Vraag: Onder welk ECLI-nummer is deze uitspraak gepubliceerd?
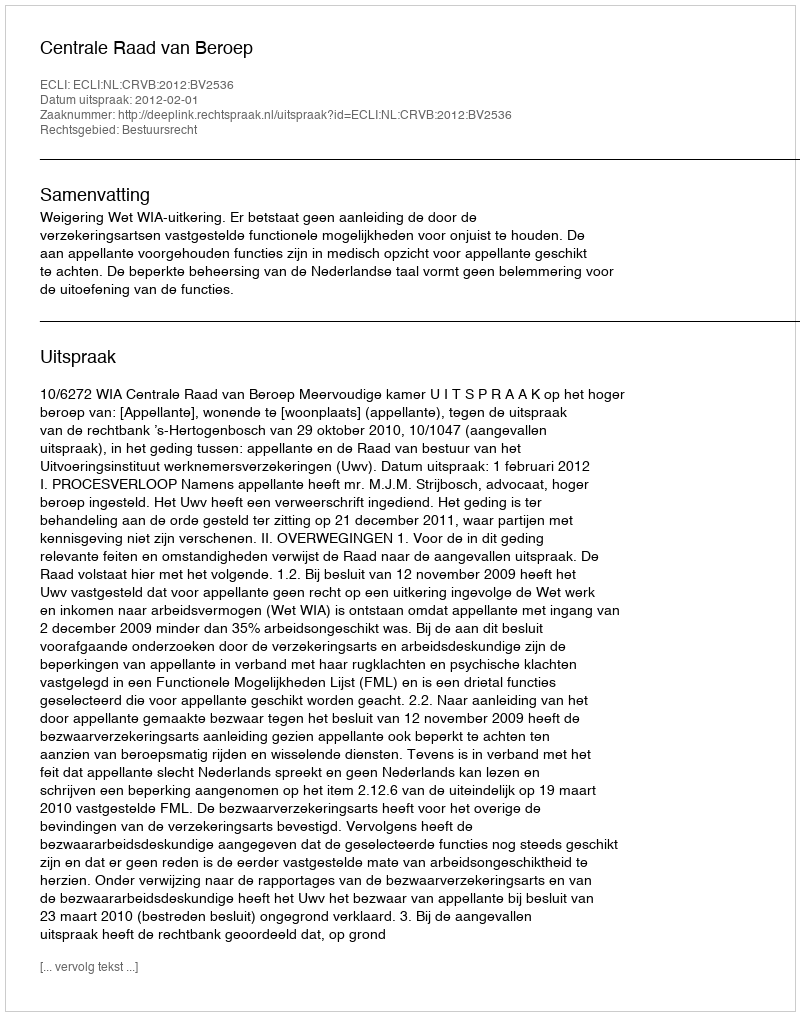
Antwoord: ECLI:NL:CRVB:2012:BV2536